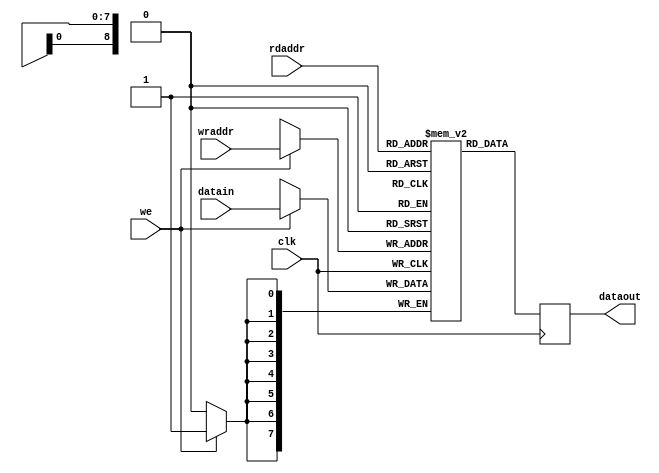
// part of NeoGS project (c) 2007-2008 NedoPC
//
// mem512b is 512 bytes synchronous memory, which maps directly to the EAB memory block of ACEX1K.
// rdaddr is read address, dataout is the data read. Data is read with 1-clock latency, i.e. it
//  appears after the positive clock edge, which locked rdaddr.
// wraddr is write address, datain is data to be written. we enables write to memory: when it
//  locks as being 1 at positive clock edge, data contained at datain is written to wraddr location.
//
// clk     __/``\__/``\__/``\__/``\__/``
// rdaddr     |addr1|addr2|
// dataout          |data1|data2|
// wraddr           |addr3|addr4|
// datain           |data3|data4|
// we      _________/```````````\_______
//
// data1 is the data read from addr1, data2 is read from addr2
// data3 is written to addr3, data4 is written to addr4
//
// simultaneous write and read to the same memory address lead to undefined read data.

module mem512b(

	rdaddr, // read address
	wraddr, // write address

	datain,  // write data
	dataout, // read data

	we, // write enable

	clk
);

	input [8:0] rdaddr;
	input [8:0] wraddr;

	input      [7:0] datain;
	output reg [7:0] dataout;

	input we;

	input clk;


	reg [7:0] mem[0:511]; // memory block



	always @(posedge clk)
	begin
		dataout <= mem[rdaddr]; // reading data

		if( we ) // writing data
		begin
			mem[wraddr] <= datain;
		end
	end


endmodule